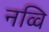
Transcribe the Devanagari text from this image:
नव्वि